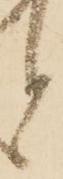
と